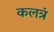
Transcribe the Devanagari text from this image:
कलत्रं